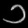
Digit: ၁